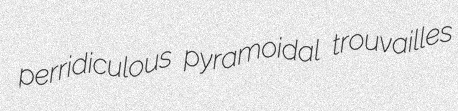
perridiculous pyramoidal trouvailles